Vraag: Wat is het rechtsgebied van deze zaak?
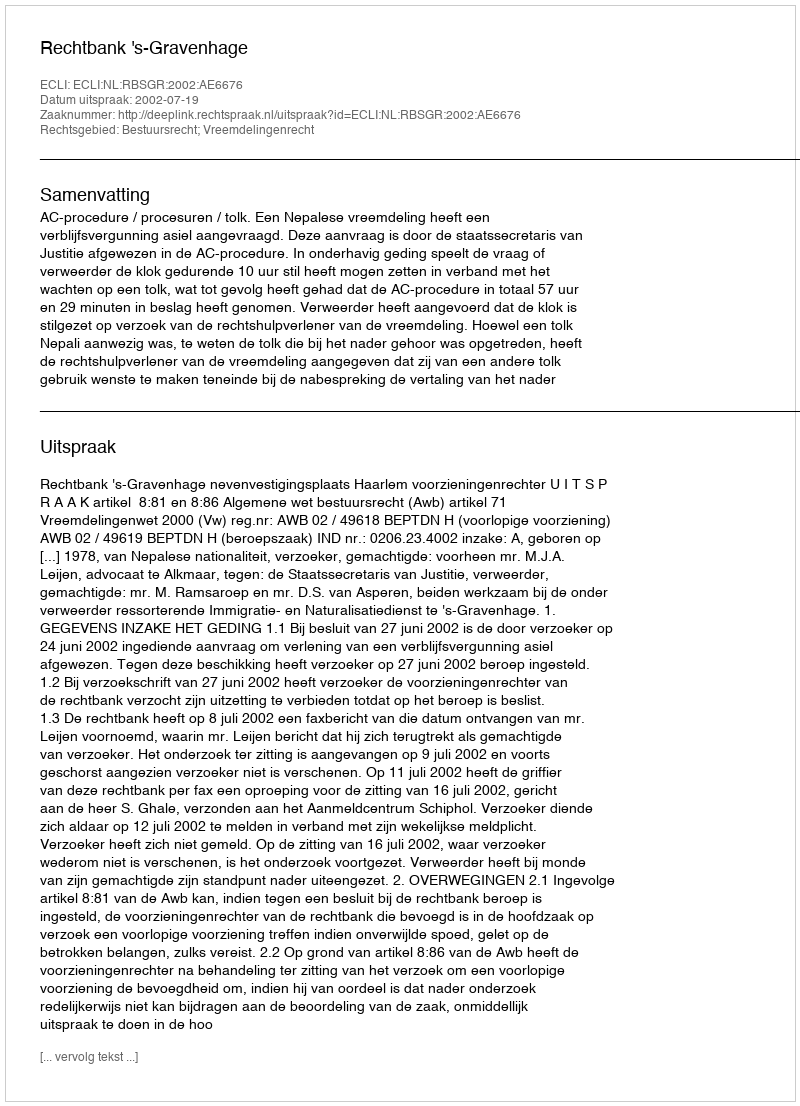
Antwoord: Bestuursrecht; Vreemdelingenrecht